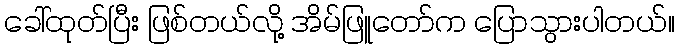
ခေါ်ထုတ်ပြီး ဖြစ်တယ်လို့ အိမ်ဖြူတော်က ပြောသွားပါတယ်။